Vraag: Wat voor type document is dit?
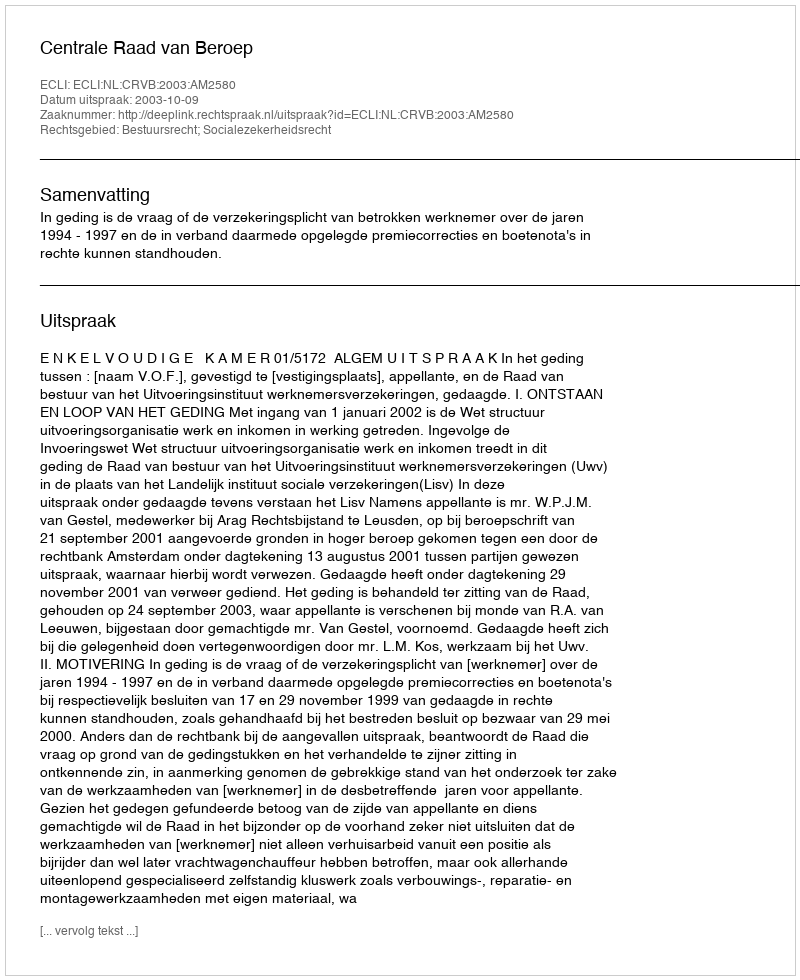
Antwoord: Uitspraak